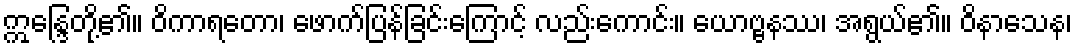
ဣန္ဒြေတို့၏။ ဝိကာရတော၊ ဖောက်ပြန်ခြင်းကြောင့် လည်းကောင်း။ ယောဗ္ဗနဿ၊ အရွယ်၏။ ဝိနာသေန၊